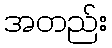
အတည်း